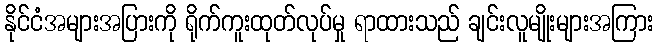
နိုင်ငံအများအပြားကို ရိုက်ကူးထုတ်လုပ်မှု ရာထားသည် ချင်းလူမျိုးများအကြား